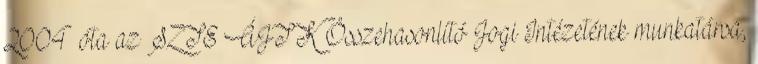
2004 óta az SZTE ÁJTK Összehasonlító Jogi Intézetének munkatársa,